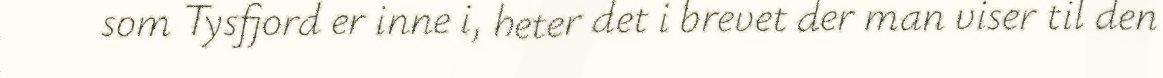
som Tysfjord er inne i, heter det i brevet der man viser til den